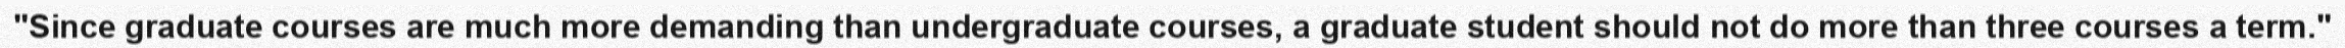
"Since graduate courses are much more demanding than undergraduate courses, a graduate student should not do more than three courses a term."